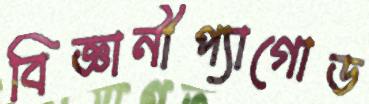
বিজ্ঞানীপ্যাগোড